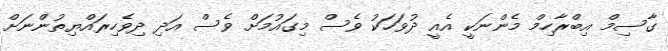
ގާސިމް އިބްރާހިމް މެންނަކީ އެއީ ދުވަަހަކު ވެސް މިގައުމަށް ވެސް އަދި ދިވެހިރައްޔިތުންނަށް